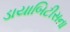
ડાયાબિટીસના